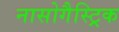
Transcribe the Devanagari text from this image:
नासोगैस्ट्रिक